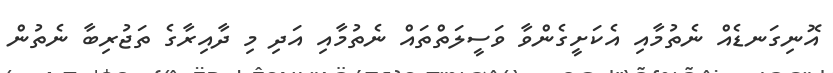
އޮނިގަނޑެއް ނެތުމާއި އެކަށީގެންވާ ވަސީލަތްތައް ނެތުމާއި އަދި މި ދާއިރާގެ ތަޖުރިބާ ނެތުން